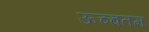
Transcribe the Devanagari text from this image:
ऊच्चतम